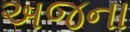
અજના